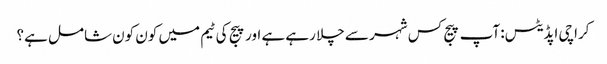
کراچی اپڈیٹس: آپ پیج کس شہر سے چلا رہے ہے اور پیج کی ٹیم میں کون کون شامل ہے؟